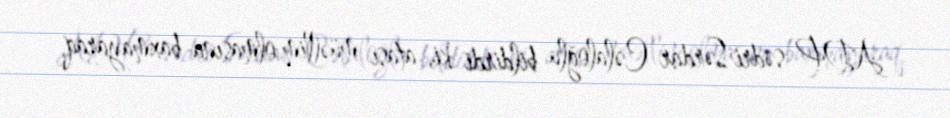
ADP sədri Sərdar Cəlaloğlu bildirdi ki, atası müəllim olmasına baxmayaraq,